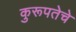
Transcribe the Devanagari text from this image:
कुरूपतेचे